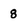
Character: 8